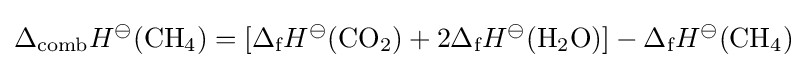
\Delta _{\text{comb}}H^{\ominus }({\text{CH}}_{4})=[\Delta _{\text{f}}H^{\ominus }({\text{CO}}_{2})+2\Delta _{\text{f}}H^{\ominus }({\text{H}}_{2}{\text{O}})]-\Delta _{\text{f}}H^{\ominus }({\text{CH}}_{4})